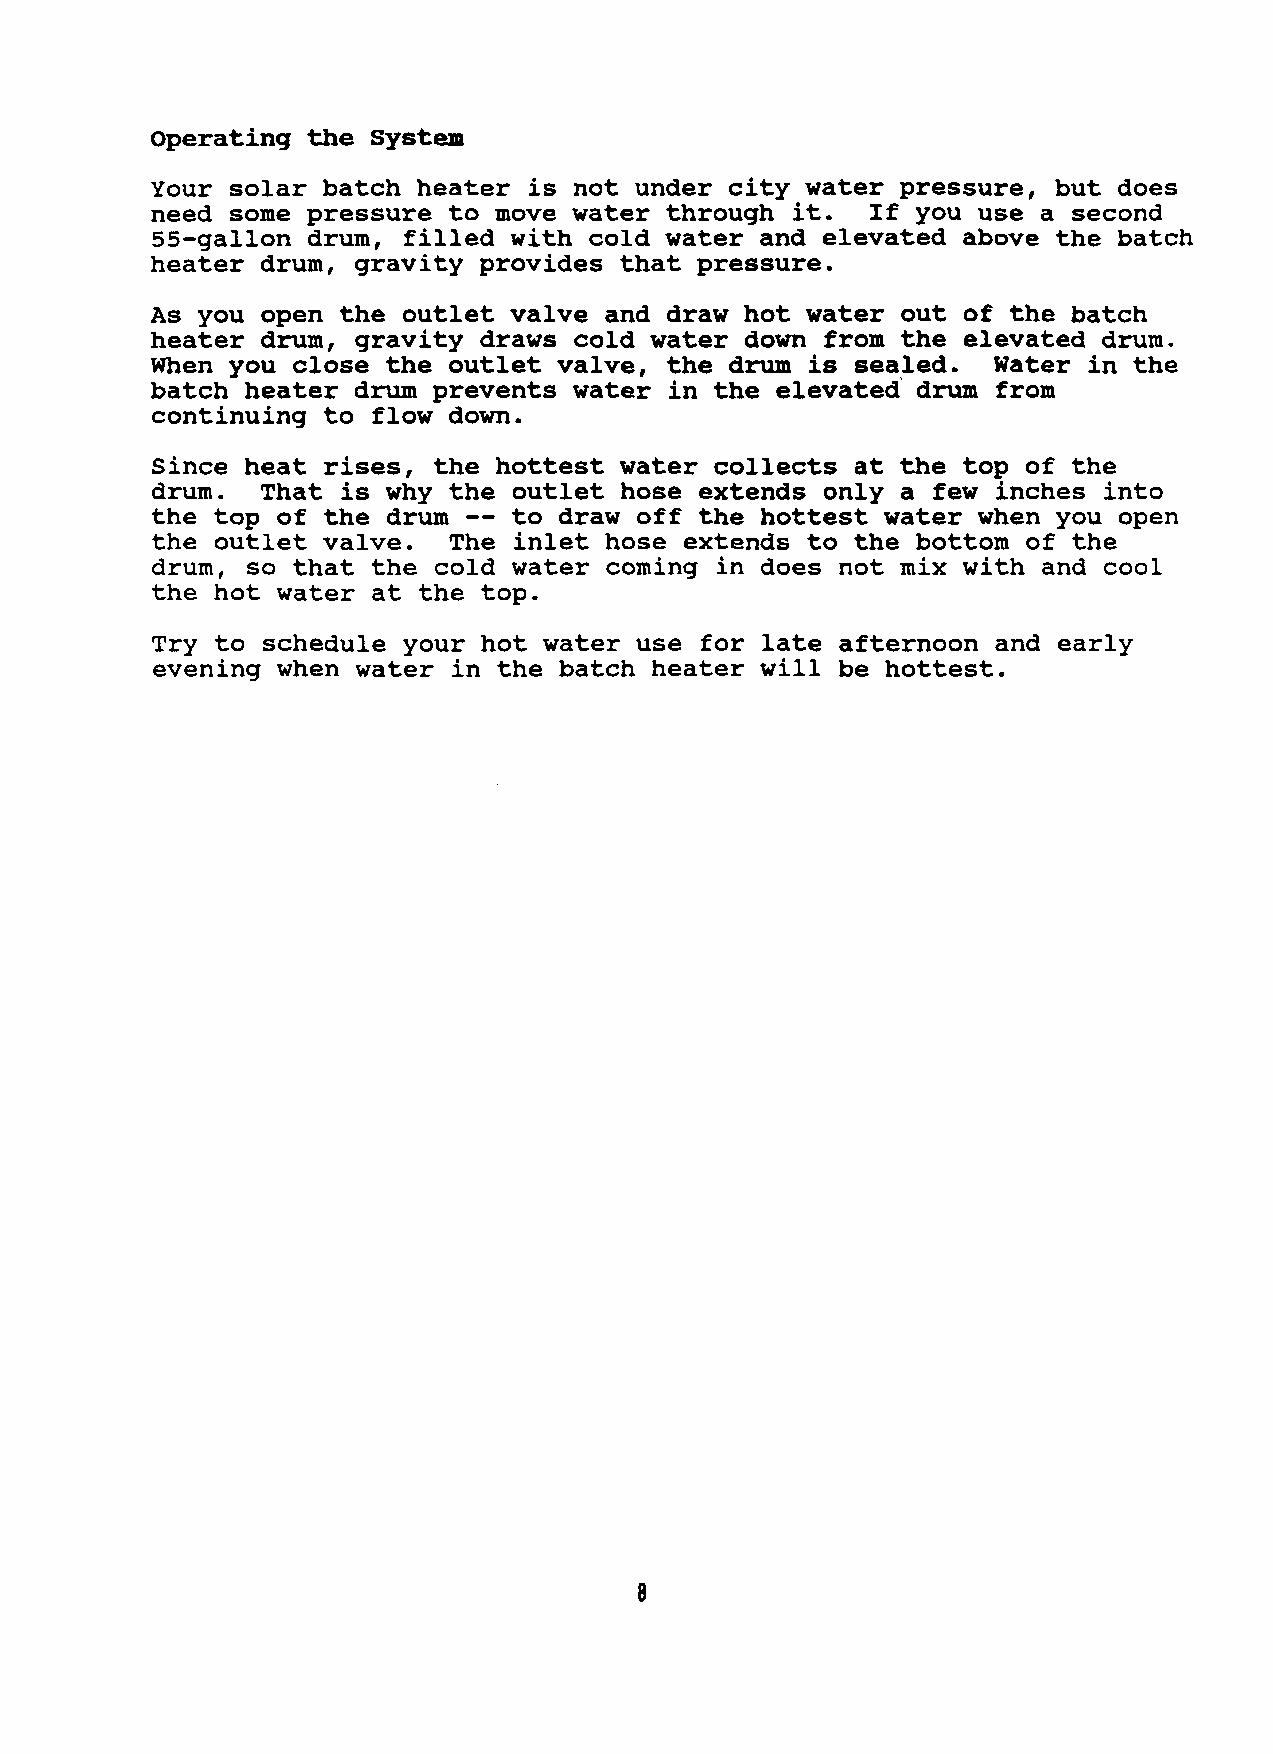
Operating the  System
 Your solar batch  heater is not under city water  pressure, but does
 need some pressure  to move water through  it.  If you use a second
 55-gallon drum,  filled with cold water and elevated  above the batch
 heater drum,  gravity provides that pressure.
 As you open  the outlet valve and draw hot water  out of the batch
 heater drum,  gravity draws cold water down  from the elevated drum.
 When you close  the outlet valve, the drum  is sealed.  Water in the
 batch heater  drum prevents water in the elevated  drum from
 continuing to  flow down.
 Since heat rises,  the hottest water collects  a t the top of the
 drum.  That  is why th --e outlet hose extends only a few inches into
 the top of the  drum    to draw off the hottest  water when you open
 the outlet valve.   The inlet hose extends to  the bottom of the
 drum, so that  the cold water coming in does  not m i x with and cool
 the hot water  at the top.
 Try to schedule  your hot water use for late  afternoon and early
 evening when  water in the batch heater w i l l be hottest.